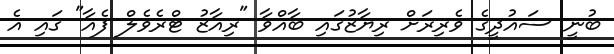
ބުނީ ސައުދީގެ ވެރިރަށް ރިޔާޒުގައި ބާއްވާ "ރިއާޒު ޓްރެވެލް ފެއާ" ގައި އެ